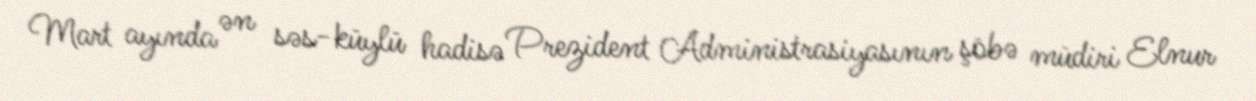
Mart ayında ən səs-küylü hadisə Prezident Administrasiyasının şöbə müdiri Elnur